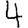
Digit: 4